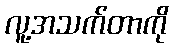
လူ့အသက်တာကို